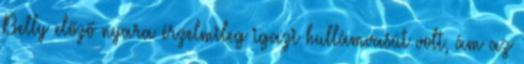
Belly előző nyara érzelmileg igazi hullámvasút volt, ám az